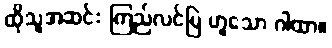
ထိုသူအဆင်း ကြည်လင်မြဲ ဟူသော ဂါထာ။